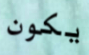
يكون